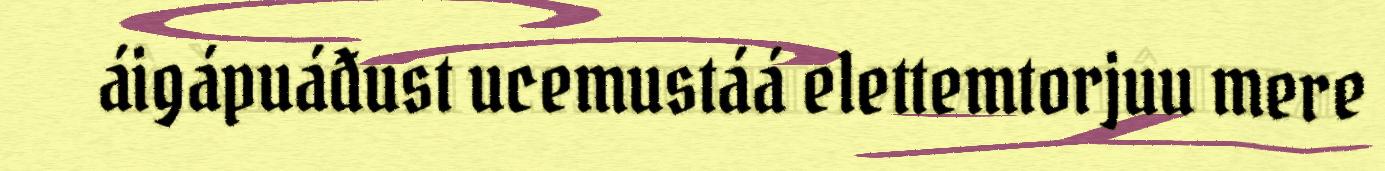
áigápuáđust ucemustáá elettemtorjuu mere